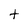
Character: t